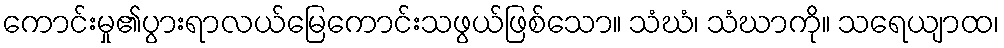
ကောင်းမှု၏ပွားရာလယ်မြေကောင်းသဖွယ်ဖြစ်သော။ သံဃံ၊ သံဃာကို။ သရေယျာထ၊